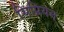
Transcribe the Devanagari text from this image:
सिप्रियन